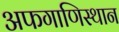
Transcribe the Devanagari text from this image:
अफगाणिस्थान